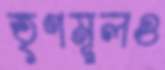
তৃণমূলও